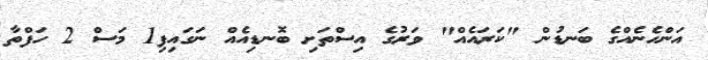
އަންހެނެއްގެ ބަނޑުން "ކަރައެއް" ވަރުގެ އިސްތަށި ބޮނޑިއެއް ނަގައިފި1 މަސް 2 ހަފްތާ